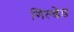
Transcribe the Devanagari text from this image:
गिल्डेड